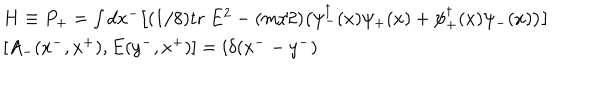
LaTeX: \begin{array} { l } { { H \equiv P _ { + } = \int d x ^ { - } \big [ ( 1 / 8 ) \mathrm { t r } ~ E ^ { 2 } - ( m / 2 ) \big ( \psi _ { - } ^ { \dagger } ( x ) \psi _ { + } ( x ) + \psi _ { + } ^ { \dagger } ( x ) \psi _ { - } ( x ) \big ) \big ] } } \\ { { \left[ A _ { - } ( x ^ { - } , x ^ { + } ) , E ( y ^ { - } , x ^ { + } ) \right] = i \delta ( x ^ { - } - y ^ { - } ) } } \\ \end{array}